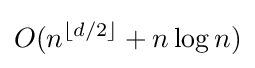
O(n^{\lfloor d/2\rfloor }+n\log n)